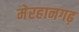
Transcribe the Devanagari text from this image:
मेरहानगढ़